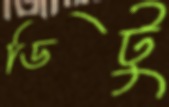
ডিটু